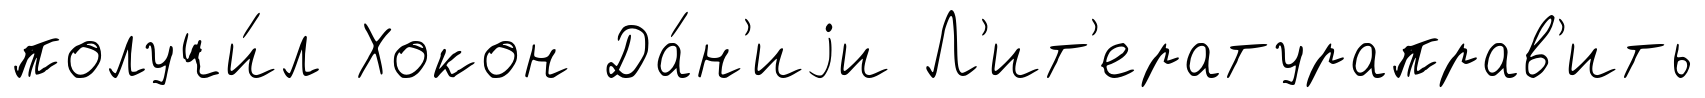
получи́л Хокон Да́н'иjи Л'ит'ератураправ'ить